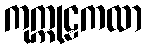
ကုက္ကုဠကထာ